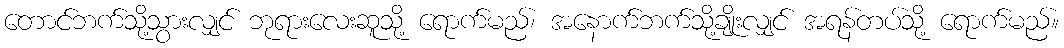
တောင်ဘက်သို့သွားလျှင် ဘုရားလေးဆူသို့ ရောက်မည်၊ အနောက်ဘက်သို့ချိုးလျှင် အရန်တပ်သို့ ရောက်မည်။